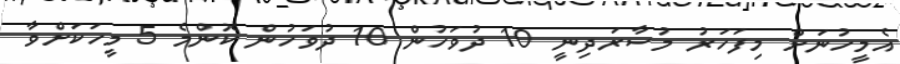
އެމީހުނަށް މިފަހަރު މުސާރަދިނީ 10 ދުވަހުން 10 ދުވަހުން ކޮންމެ 5 މީހަކަށްވާ